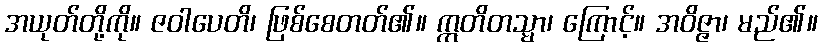
အယုတ်တို့ကို။ ဇဝါပေတိ၊ ဖြစ်စေတတ်၏။ ဣတိတသ္မာ၊ ကြောင့်။ အဝိဇ္ဇာ၊ မည်၏။